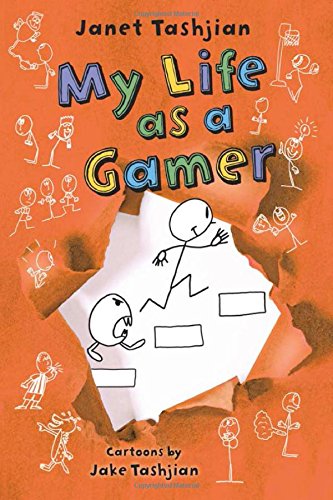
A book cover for My Life as a Gamer (The My Life series); Janet Tashjian; Children's Books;